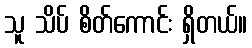
သူ သိပ် စိတ်ကောင်း ရှိတယ်။